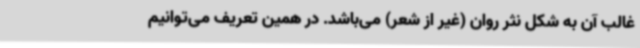
غالب آن به شکل نثر روان (غیر از شعر) می‌باشد. در همین تعریف می‌توانیم